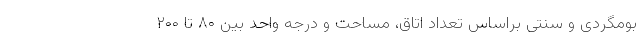
بومگردی و سنتی براساس تعداد اتاق، مساحت و درجه واحد بین ۸۰ تا ۲۰۰